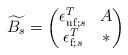
LaTeX: \begin{align*}\widetilde{B_s}=\left(\begin{matrix}\epsilon^{T}_{{\rm{uf}};s} & A \\\epsilon^{T}_{{\rm f};s} & \ast\end{matrix}\right)\end{align*}